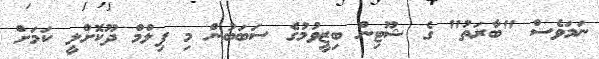
ނަމަވެސް "ބާރަތު" ގެ ޝޫޓިން ބިޒީވުމުގެ ސަބަބުން މި ފިލްމް ދޫކޮށްލީ ކަމަށް